Code of medical and sanitary regulations for the guidance of medical officers serving in the Madras Presidency - Volume I
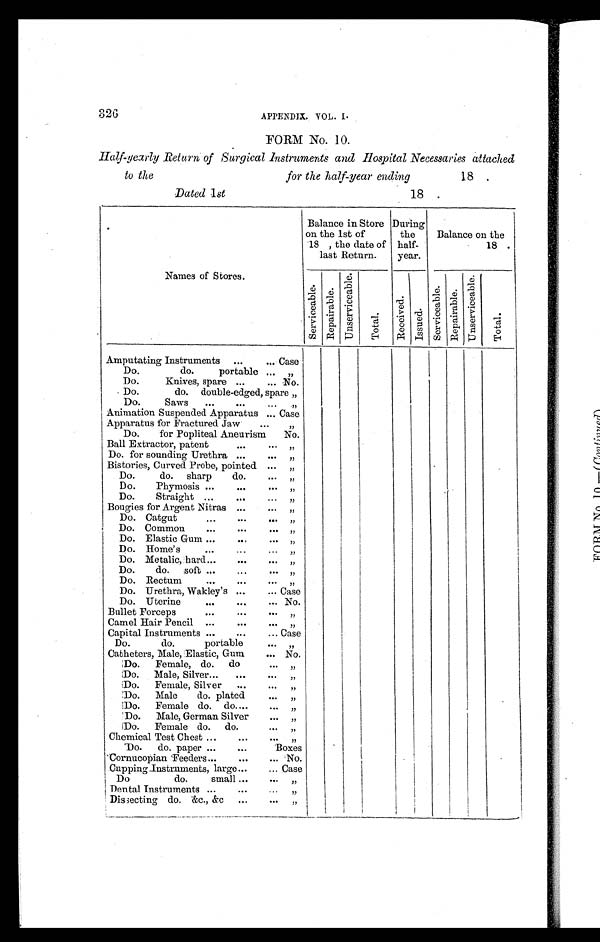
326
APPENDIX. VOL. I.
FORM No. 10.
Half-yearly Return of Surgical Instruments and Hospital Necessaries attached
to the for the half-year ending
18 .
Dated lst
18 .
Names of Stores.
Balance in Store
on the 1st of
18, the date of
last Return.
During
the
half-
year.
Balance on the
18.
S e r v i c e a b l e . R e p a i r a b l e .
U n s e r v i c e a b l e .
T o t a l .
R e c e i v e d .
I s s u e d .
S e r v i c e a b l e .
Repai rabl e.
U n s e r v i c e a b l e .
T o t a l .
Amputating Instruments ...
... Case
Do. do. portable ... „
Do. Knives, spare ...
... No.
Do. do. double-edged, spare „
Do. Saws ...
...
. . . „
Animation Suspended Apparatus ... Case
Apparatus for Fractured Jaw ...
„
Do. for Popliteal Aneurism
No.
Ball Extractor, patent
. . .
. . . „
Do. for sounding Urethra ...
. . . „
Bistories, Curved Probe, pointed ... „
Do. do. sharp do.
... „
Do. Phymosis ...
. . .
. . . „
Do. Straight ...
. . . ... „
Bougies for Argent Nitras ...
. . . „
Do. Catgut
...
...
. . . „
Do. Common
...
...
. . . „
Do. Elastic Gum ...
. . .
. . . „
Do. Home's
. . .
...
. . .
Do. Metalic,.hard...
. . .
.. . „
Do. do. soft ...
...
. . . „
Do. Rectum
. . .
. . .
. . .
„
Do. Urethra, Wakley's ...
... Case
Do. Uterine
. . .
...
... No.
Bullet Forceps
. . .
. . .
. . . „
Camel Hair Pencil ...
. . .
. . . „
Capital Instruments ...
...
... Case
Do. do. portable
. . . „
Catheters, Male, Elastic, Gum
. . . No.
Do. Female, do. do
. . . „
Do. Male, Silver ...
...
. . . „
Do. Female, Silver ...
. . . „
Do. Male do. plated
. . . „
Do. Female do. do. ...
. . .
„
Do. Male, German Silver
. . . „
Do. Female do. do.
. . . „
Chemical Test Chest ...
...
. . .
„
Do. do. paper ...
...
Boxes
Cornucopian Feeders ...
. . .
... No.
Cupping Instruments, large ...
... Case
Do do. small ...
. . . „
Dental Instruments ...
. . .
...
„
Dissecting do. &c., &c ...
. . . „